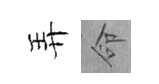
弄命